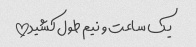
یک ساعت و نیم طول کشید!!!